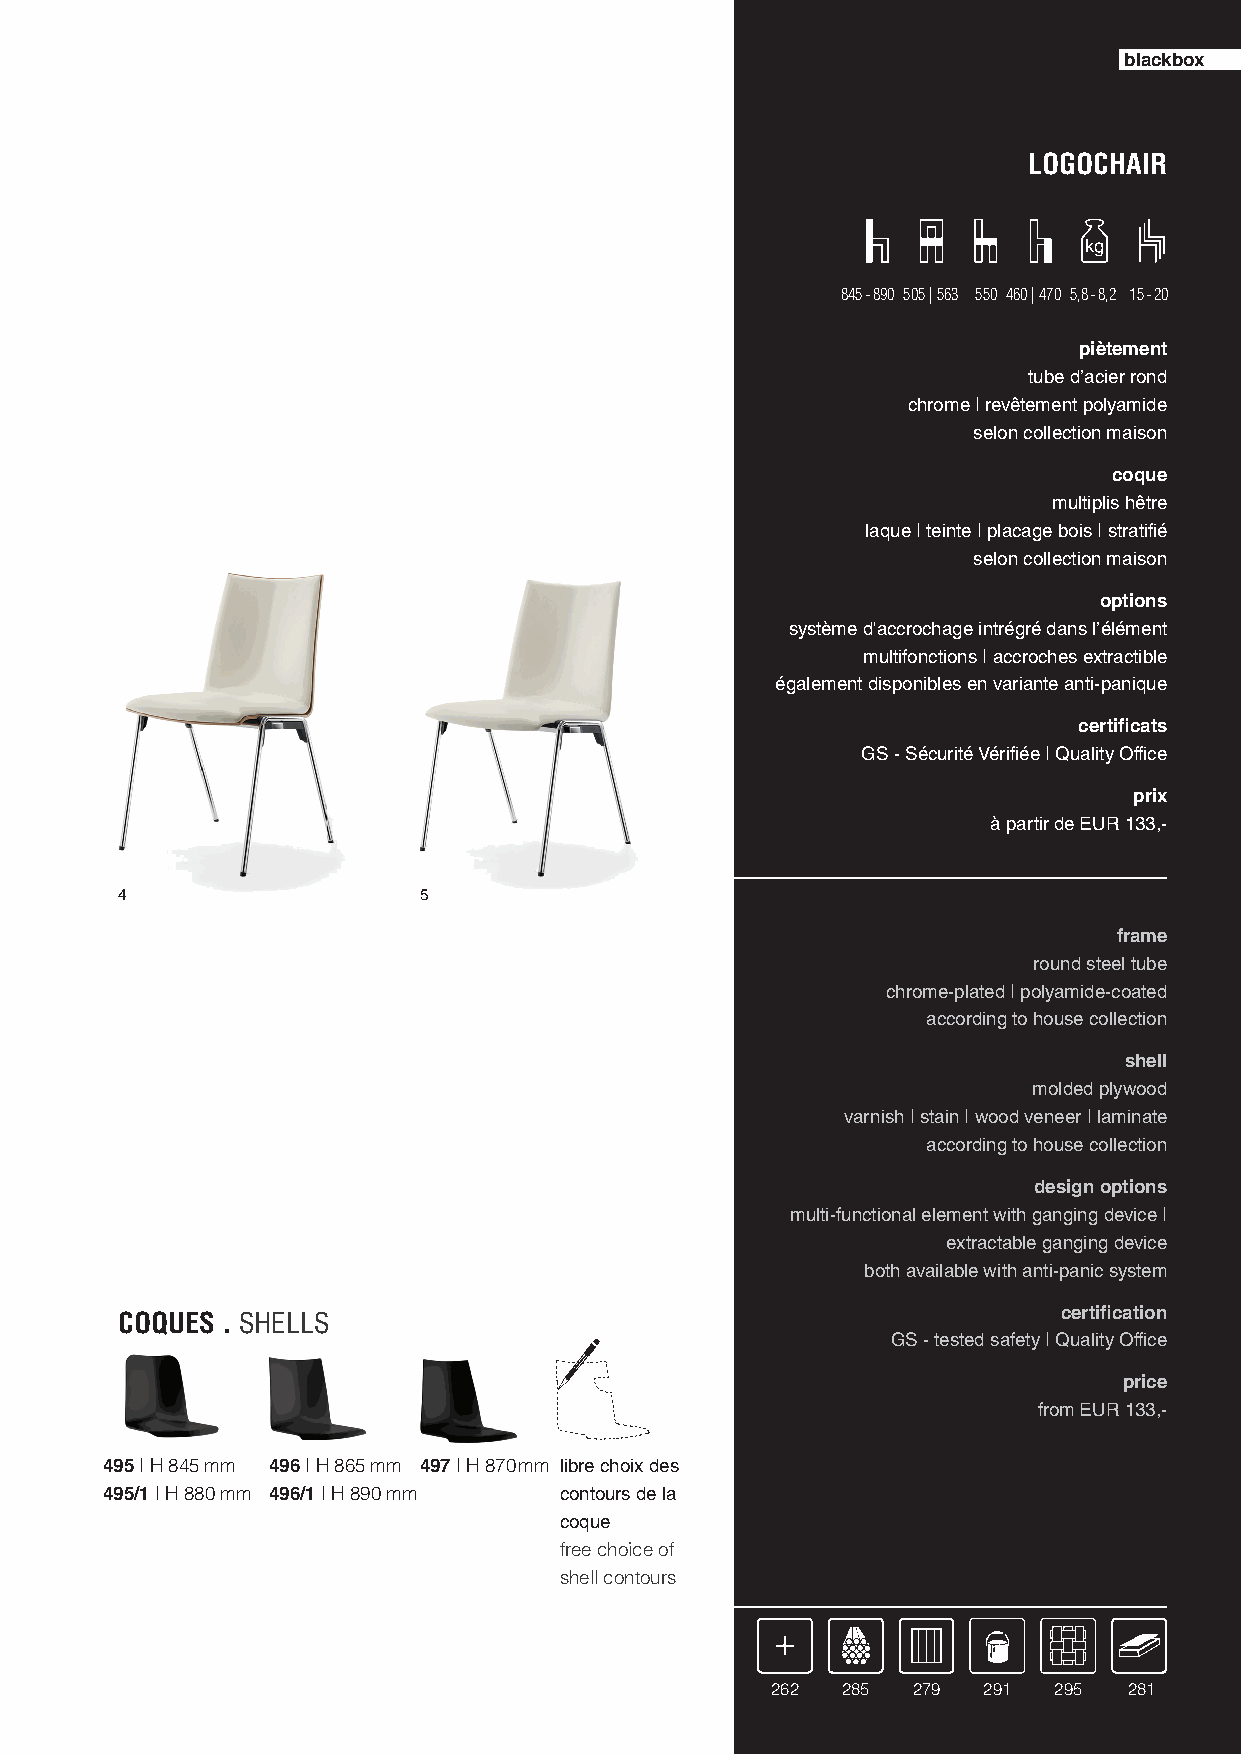
blackbox
 LOGOCHAIR
 845 - 890 505 | 563 550 460 | 470 5,8 - 8,2 15 - 20
 piètement
 tube d’acier rond
 chrome | revêtement polyamide
 selon collection maison
 coque
 multiplis hêtre
 laque | teinte | placage bois | stratifi é
 selon collection maison
 options
 système d'accrochage intrégré dans l’élément
 multifonctions | accroches extractible
 également disponibles en variante anti-panique
 certifi cats
 GS - Sécurité Vérifi ée | Quality Office
 prix
 à partir de EUR 133,-
 4                   5
 frame
 round steel tube
 chrome-plated | polyamide-coated
 according to house collection
 shell
 molded plywood
 varnish | stain | wood veneer | laminate
 according to house collection
 design options
 multi-functional element with ganging device |
 extractable ganging device
 both available with anti-panic system
 certifi cation
 COQUES . SHELLS
 GS - tested safety | Quality Office
 price
 from EUR 133,-
 495 | H 845 mm 496 | H 865 mm 497 | H 870 mm libre choix des
 495/1 | H 880 mm 496/1 | H 890 mm contours de la
 coque
 free choice of
 shell contours
 262  285 279  291  295  281